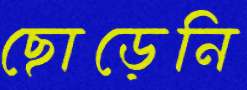
ছোড়েনি